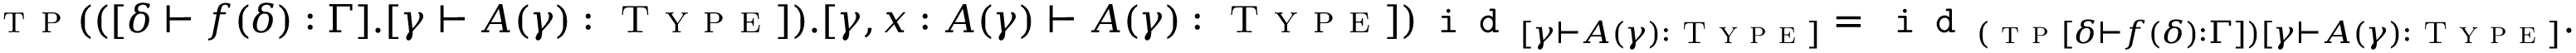
\textsc { t p } ( ( [ \delta \vdash f ( \delta ) : \Gamma ] . [ \gamma \vdash A ( \gamma ) : \textsc { T y p e } ] ) . [ \gamma , x : A ( \gamma ) \vdash A ( \gamma ) : \textsc { T y p e } ] ) \texttt { i d } _ { [ \gamma \vdash A ( \gamma ) : \textsc { T y p e } ] } = \texttt { i d } _ { ( \textsc { t p } [ \delta \vdash f ( \delta ) : \Gamma ] ) [ \gamma \vdash A ( \gamma ) : \textsc { T y p e } ] } .